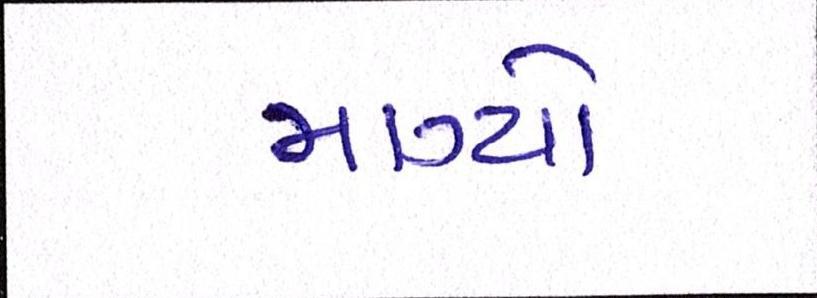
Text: માગ્યો